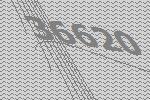
36620